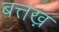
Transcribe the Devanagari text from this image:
बत्तख़